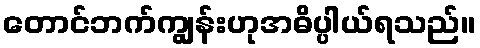
တောင်ဘက်ကျွန်းဟုအဓိပ္ပါယ်ရသည်။